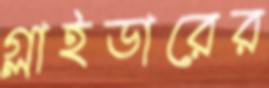
গ্লাইডারের